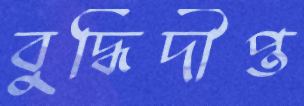
বুদ্ধিদীপ্ত